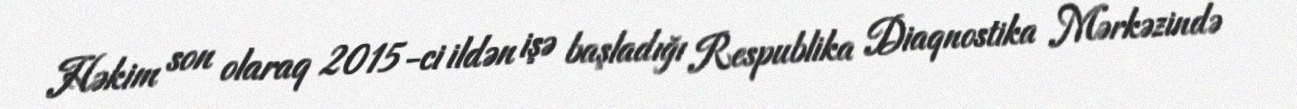
Həkim son olaraq 2015-ci ildən işə başladığı Respublika Diaqnostika Mərkəzində